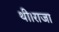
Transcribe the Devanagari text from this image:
थी।राजा